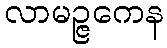
လာမဉ္ဇကေန